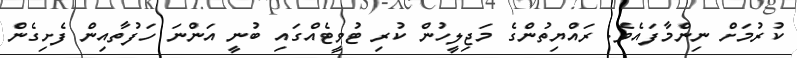
ކުރުމަށް ނިންމާފައެވެ. ރައްޔިތުންގެ މަޖިލީހުން ކުރި ޓުވީޓެއްގައި ބުނީ އަންނަ ހަފުތާއިން ފެށިގެން